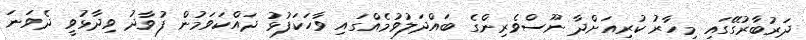
ދަރުބާރުގޭގައި މިހާރު ކުރިއަށްދާ ނޫސްވެރިންގެ ބައްދަލުވުމެއްގައި ވާހަކަފުޅު ދައްކަވަމުން ފުވާދު ވިދާޅުވީ ދެވަނަ